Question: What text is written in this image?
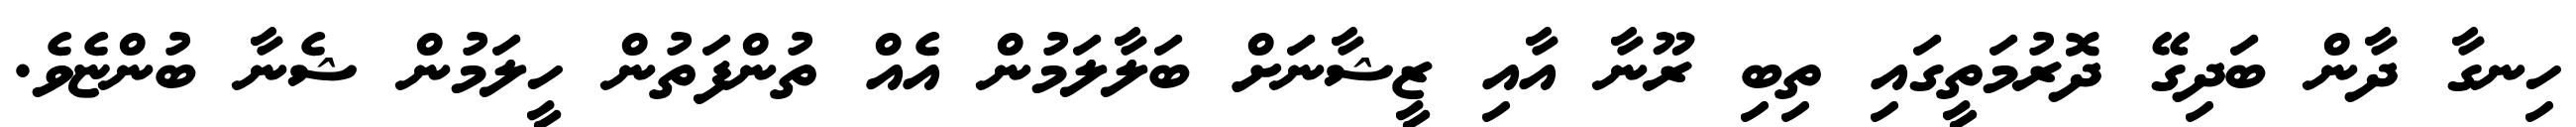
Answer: ހިނގާ ދާން ބަދިގޭ ދޮރުމަތީގައި ތިބި ރޫނާ އާއި ޒީޝާނަށް ބަލާލަމުން އެއް ތުންފަތުން ހީލަމުން ޝެނާ ބުންޏެވެ.